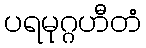
ပရမုဂ္ဂဟီတံ